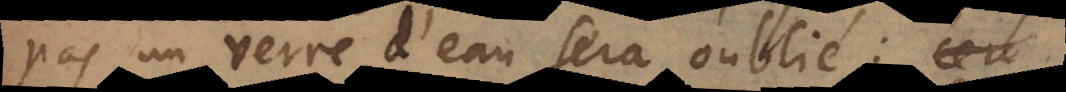
pas un verre d’eau sera oublié: